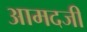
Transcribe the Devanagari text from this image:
आमदजी